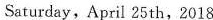
Saturday, April 25th,2018